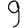
Digit: 9